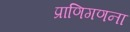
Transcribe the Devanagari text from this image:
प्राणिगणना